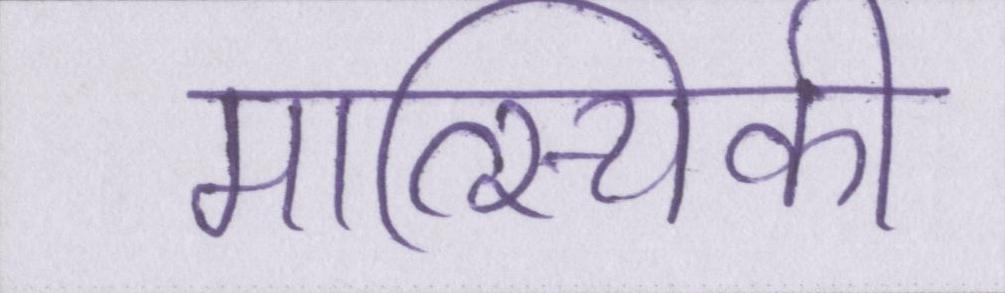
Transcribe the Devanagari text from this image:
मात्स्यिकी